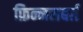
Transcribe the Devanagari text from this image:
फ़िन्नसबर्ग़